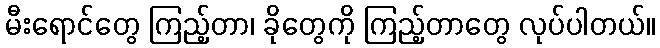
မီးရောင်တွေ ကြည့်တာ၊ ခိုတွေကို ကြည့်တာတွေ လုပ်ပါတယ်။